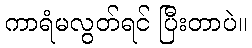
ကာရံမလွတ်ရင် ပြီးတာပဲ။